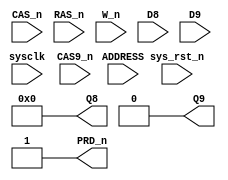
 /******************************************************************************
** RAM CHIP 1 MBYTE (1024KB)                                                  **
**                                                                            ** 
** This ram has PARITY bit..                                                  **
** THM91020 - http://norsk-data.com/library/libother/extern/THM91020.pdf      **
** THM91070 - http://norsk-data.com/library/libother/extern/THM91070.pdf      **
**                                                                            **
** Last reviewed: 21-APRIL-2024                                               **
** Ronny Hansen                                                               **               
********************************************************************************/

// TODO: Implement access to real RAM inside FPGA

module SIP1M9( 

// Input signals
input sysclk,      // System clock in FPGA
input sys_rst_n,   // System reset in FPGA

input [9:0] ADDRESS, // Address input
input       CAS9_n,  // Column address strobe
input       CAS_n,   // Column address strobe
input       RAS_n,   // Row address strobe
input       W_n,     // Read/Write signal


// IN and OUT signals
input  [7:0] D8, // DATA INPUT
output [7:0] Q8, // DATA OUTPUT

// Output signals
input        D9, // DATA INPUT
output       Q9, // DATA OUTPUT
output       PRD_n

);

   
   /*******************************************************************************
   ** The wires are defined here                                                 **
   *******************************************************************************/
   wire [9:0] s_address;
   
   wire [7:0] s_D_7_0; // DATA IN
   wire [7:0] s_Q_7_0; // DATA OUT (Q)

   wire       s_d9;
   wire       s_q9;

   wire       s_cas_n;
   wire       s_ras_n;
   wire       s_cas9_n;
   wire       s_W_n;

   /*******************************************************************************
   ** The module functionality is described here                                 **
   *******************************************************************************/

   /*******************************************************************************
   ** Here all input connections are defined                                     **
   *******************************************************************************/
   assign s_address[9:0] = ADDRESS;
   assign s_cas_n        = CAS_n;
   assign s_ras_n        = RAS_n;
   assign s_cas9_n       = CAS9_n;
   assign s_W_n          = W_n;
   assign s_D_7_0        = D8;
   assign s_d9           = D9;
   /*******************************************************************************
   ** Here all output connections are defined                                    **
   *******************************************************************************/
   
   assign Q9        = s_q9;
   

   // TODO: Assign Q8 from some PSRAM or other RAM
   assign Q8        = W_n ? 8'b00000000 : 8'b00000000; // Data out is not valid when writing

   assign PRD_n     = 1; // Not connected?
   

   /*******************************************************************************
   ** Here all in-lined components are defined                                   **
   *******************************************************************************/

   // Ground
   assign  s_q9  =  1'b0;


endmodule